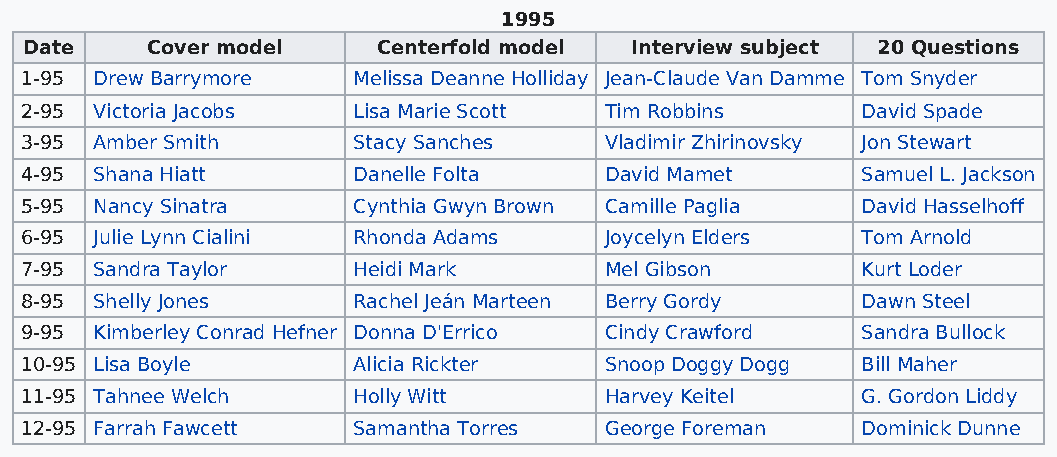
1995
 Date    Cover model    Centerfold model Interview subject 20 Questions
 1-95 Drew Barrymore   Melissa Deanne Holliday Jean-Claude Van Damme Tom Snyder
 2-95 Victoria Jacobs  Lisa Marie Scott Tim Robbins      David Spade
 3-95 Amber Smith      Stacy Sanches    Vladimir Zhirinovsky Jon Stewart
 4-95 Shana Hiatt      Danelle Folta    David Mamet      Samuel L. Jackson
 5-95 Nancy Sinatra    Cynthia Gwyn Brown Camille Paglia David Hasselhoff
 6-95 Julie Lynn Cialini Rhonda Adams   Joycelyn Elders  Tom Arnold
 7-95 Sandra Taylor    Heidi Mark       Mel Gibson       Kurt Loder
 8-95 Shelly Jones     Rachel Jeán Marteen Berry Gordy   Dawn Steel
 9-95 Kimberley Conrad Hefner Donna D'Errico Cindy Crawford Sandra Bullock
 10-95 Lisa Boyle      Alicia Rickter   Snoop Doggy Dogg Bill Maher
 11-95 Tahnee Welch    Holly Witt       Harvey Keitel    G. Gordon Liddy
 12-95 Farrah Fawcett  Samantha Torres  George Foreman   Dominick Dunne